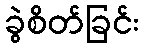
ခွဲစိတ်ခြင်း